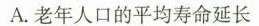
A.老年人口的平均寿命延长